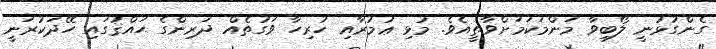
ގެންގުޅުނީ ލޯބިވާ މަންމަކަމަށްވާތީއެވެ. މުޅި ޢުމުރާއި ހުރިހާ ވަގުތެއް ދަރިންގެ ޙައްޤުގައި ހޭދަކުރަނީ